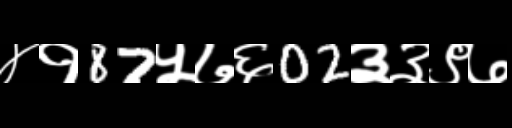
Text: ४१87५७६02३३९७